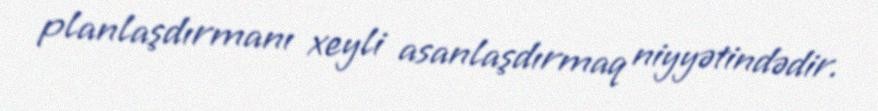
planlaşdırmanı xeyli asanlaşdırmaq niyyətindədir.